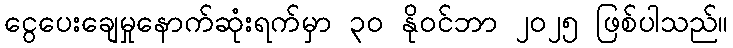
ငွေပေးချေမှုနောက်ဆုံးရက်မှာ ၃၀ နိုဝင်ဘာ ၂၀၂၅ ဖြစ်ပါသည်။